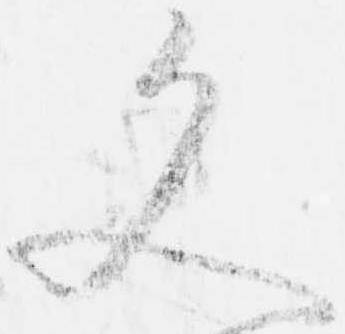
文